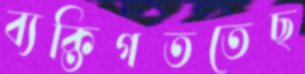
ব্যক্তিগততেছ